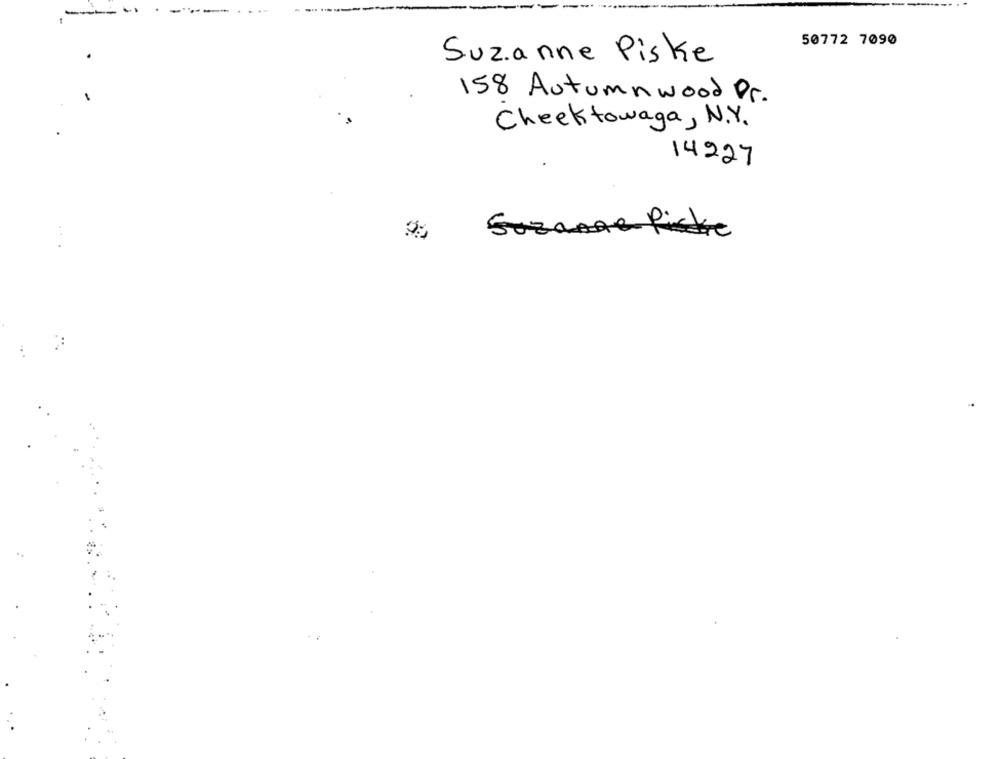
-
..
50772 7090
Suzanne Piske
158 Autumnwood Dr.
Cheektowaga , N.Y.
14227
Suzanne Pietre